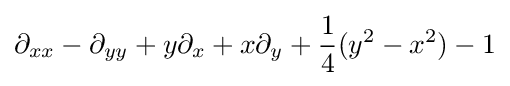
\partial _{xx}-\partial _{yy}+y\partial _{x}+x\partial _{y}+{\frac {1}{4}}(y^{2}-x^{2})-1